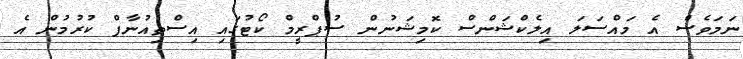
ނަމަވެސް އެ މައްސަލަ އިލެކްޝަންސް ކޮމިޝަނުން ސުޕްރީމް ކޯޓުގައި އިސްތިއުނާފް ކުރުމުން އެ